Plague in India, 1896, 1897 - Volume 2
Year: 1896
Disease focus: Plague
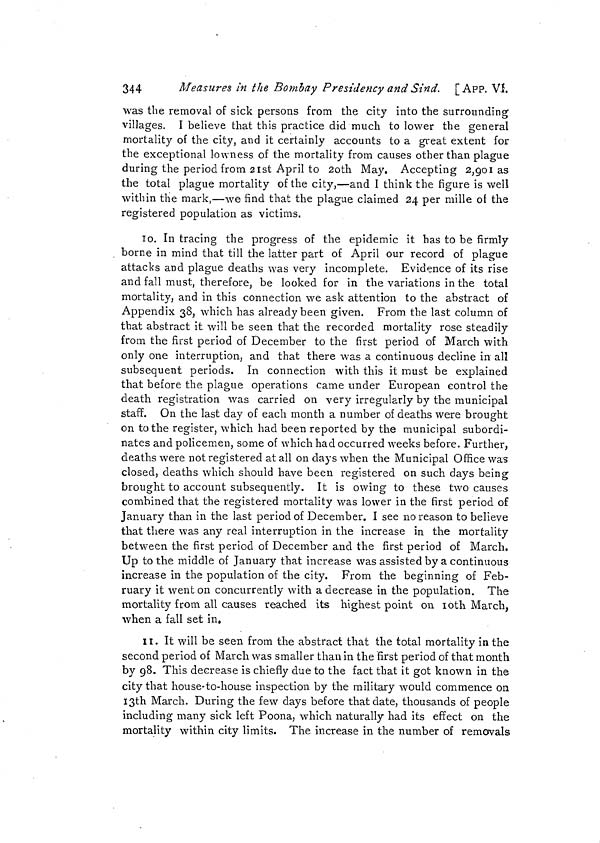
344
Measures in the Bombay Presidency and Sind. [App. Ví.
was the removal of sick persons from the city into the surrounding
villages. I believe that this practice did much to lower the general
mortality of the city, and it certainly accounts to a great extent for
the exceptional lowness of the mortality from causes other than plague
during the period from 21st April to 20th May. Accepting 2,901 as
the total plague mortality of the city,—and I think the figure is well
within the mark,—we find that the plague claimed 24 per mille of the
registered population as victims.
10. In tracing the progress of the epidemic it has to be firmly
borne in mind that till the latter part of April our record of plague
attacks and plague deaths was very incomplete. Evidence of its rise
and fall must, therefore, be looked for in the variations in the total
mortality, and in this connection we ask attention to the abstract of
Appendix 38, which has already been given. From the last column of
that abstract it will be seen that the recorded mortality rose steadily
from the first period of December to the first period of March with
only one interruption, and that there was a continuous decline in all
subsequent periods. In connection with this it must be explained
that before the plague operations came under European control the
death registration was carried on very irregularly by the municipal
staff. On the last day of each month a number of deaths were brought
on to the register, which had been reported by the municipal subordi-
nates and policemen, some of which had occurred weeks before. Further,
deaths were not registered at all on days when the Municipal Office was
closed, deaths which should have been registered on such days being
brought to account subsequently. It is owing to these two causes
combined that the registered mortality was lower in the first period of
January than in the last period of December. I see no reason to believe
that there was any real interruption in the increase in the mortality
between the first period of December and the first period of March.
Up to the middle of January that increase was assisted by a continuous
increase in the population of the city. From the beginning of Feb-
ruary it went on concurrently with a decrease in the population. The
mortality from all causes reached its highest point on 10th March,
when a fall set in,
11. It will be seen from the abstract that the total mortality in the
second period of March was smaller than in the first period of that month
by 98. This decrease is chiefly due to the fact that it got known in the
city that house-to-house inspection by the military would commence on
I3th March. During the few days before that date, thousands of people
including many sick left Poona, which naturally had its effect on the
mortality within city limits. The increase in the number of removals